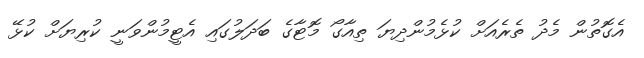
އެގޮތުން މެދު ތެރެއަށް ކުޅެމުންދިޔަ ތިއާގޯ މޮޓާގެ ބަދަލުގައި އެޓީމުންވަނީ ކުރިޔަށް ކުޅޭ